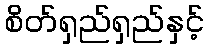
စိတ်ရှည်ရှည်နှင့်